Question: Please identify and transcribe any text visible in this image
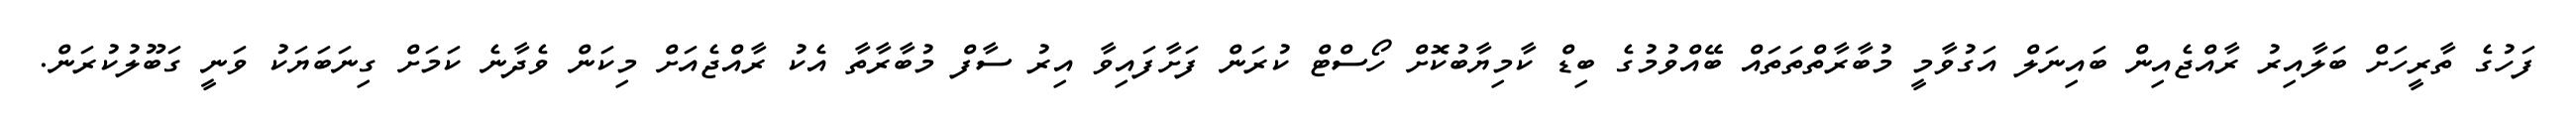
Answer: ފަހުގެ ތާރީހަށް ބަލާއިރު ރާއްޖެއިން ބައިނަލް އަގުވާމީ މުބާރާތްތަތައް ބޭއްވުމުގެ ބިޑް ކާމިޔާބުކޮށް ހޯސްޓް ކުރަން ފަށާފައިވާ އިރު ސާފް މުބާރާތާ އެކު ރާއްޖެއަށް މިކަން ވެދާނެ ކަމަށް ގިނަބަޔަކު ވަނީ ގަބޫލުކުރަން.